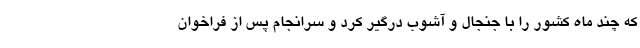
که چند ماه کشور را با جنجال و آشوب درگیر کرد و سرانجام پس از فراخوان